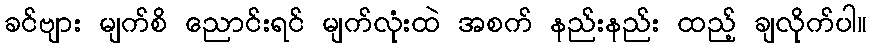
ခင်ဗျား မျက်စိ ညောင်းရင် မျက်လုံးထဲ အစက် နည်းနည်း ထည့် ချလိုက်ပါ။